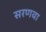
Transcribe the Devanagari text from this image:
सरणवा